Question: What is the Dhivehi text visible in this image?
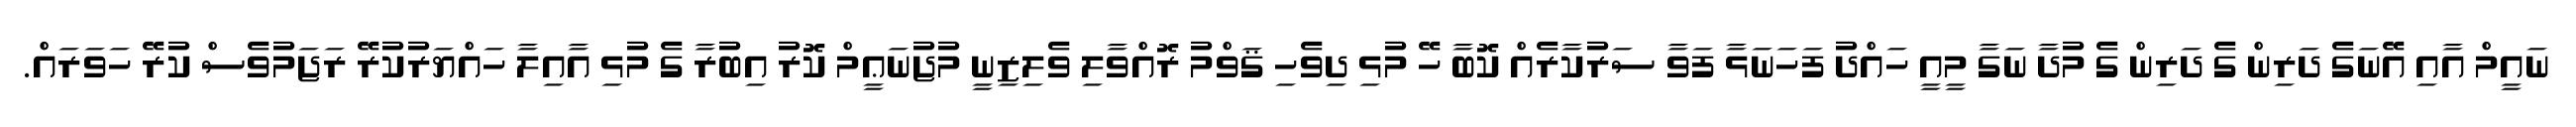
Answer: ނައީމް އާއި އޭނަގެ ދަރިން ގެ ދަރިން ގެ މުދާ ނަގާ މީއީ ހައްދު ފަހަނަޅާ ފަވާ ސަރުކާރެއް ކޮބާ ހޭ މުޅި ދިވެހި ޤަވްމު ރޮއްވާލި ވެލިޒިނީ މުޖުނަޢީމް ކޮރު އިބުރާ ގެ މުޅި އާއިލާ ހައްޔަރުކުރޭ ރަޖަމުވެސް ކުރޭ ހަވަރައް.